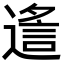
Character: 䢣